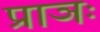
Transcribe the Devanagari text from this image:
प्राञः